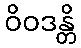
ဝိဝဒန္တိ